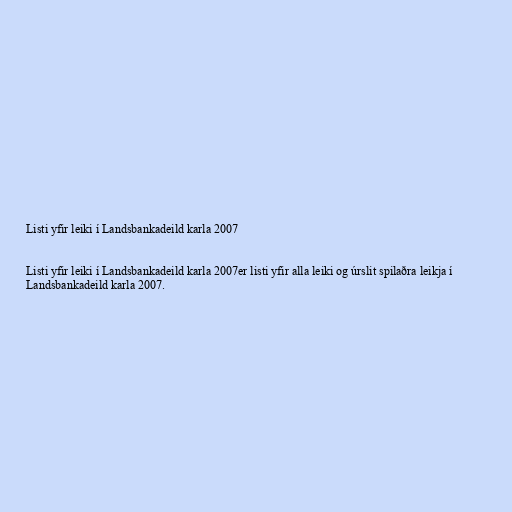
Listi yfir leiki í Landsbankadeild karla 2007

Listi yfir leiki í Landsbankadeild karla 2007er listi yfir alla leiki og úrslit spilaðra leikja í
Landsbankadeild karla 2007.